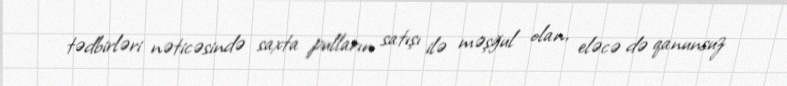
tədbirləri nəticəsində saxta pulların satışı ilə məşğul olan, eləcə də qanunsuz